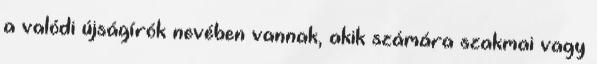
a valódi újságírók nevében vannak, akik számára szakmai vagy